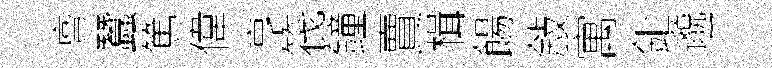
亶蠶篤偉亨筏鐘賣楫餳敍寓鉅邈